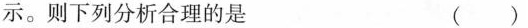
示。则下列分析合理的是 ( )